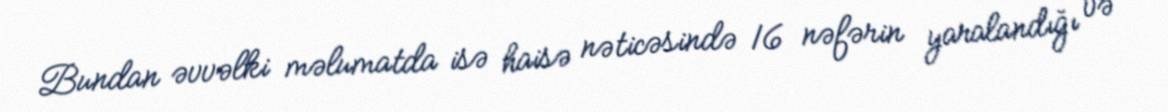
Bundan əvvəlki məlumatda isə haisə nəticəsində 16 nəfərin yaralandığı və